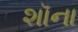
શૉના